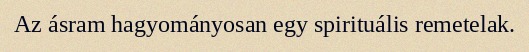
Az ásram hagyományosan egy spirituális remetelak.